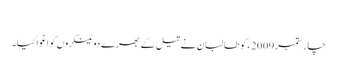
​
چار ستمبر 2009ء کو طالبان نے تیل کے بھرے دو ٹینکروں کو اغوا کیا۔